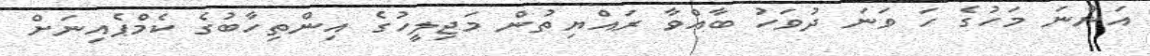
އަންނަ މަހުގެ ހަ ވަނަ ދުވަހު ބާއްވާ ރައްޔިތުން މަޖިލީހުގެ އިންތިހާބުގެ ކެމްޕެއިނަށް